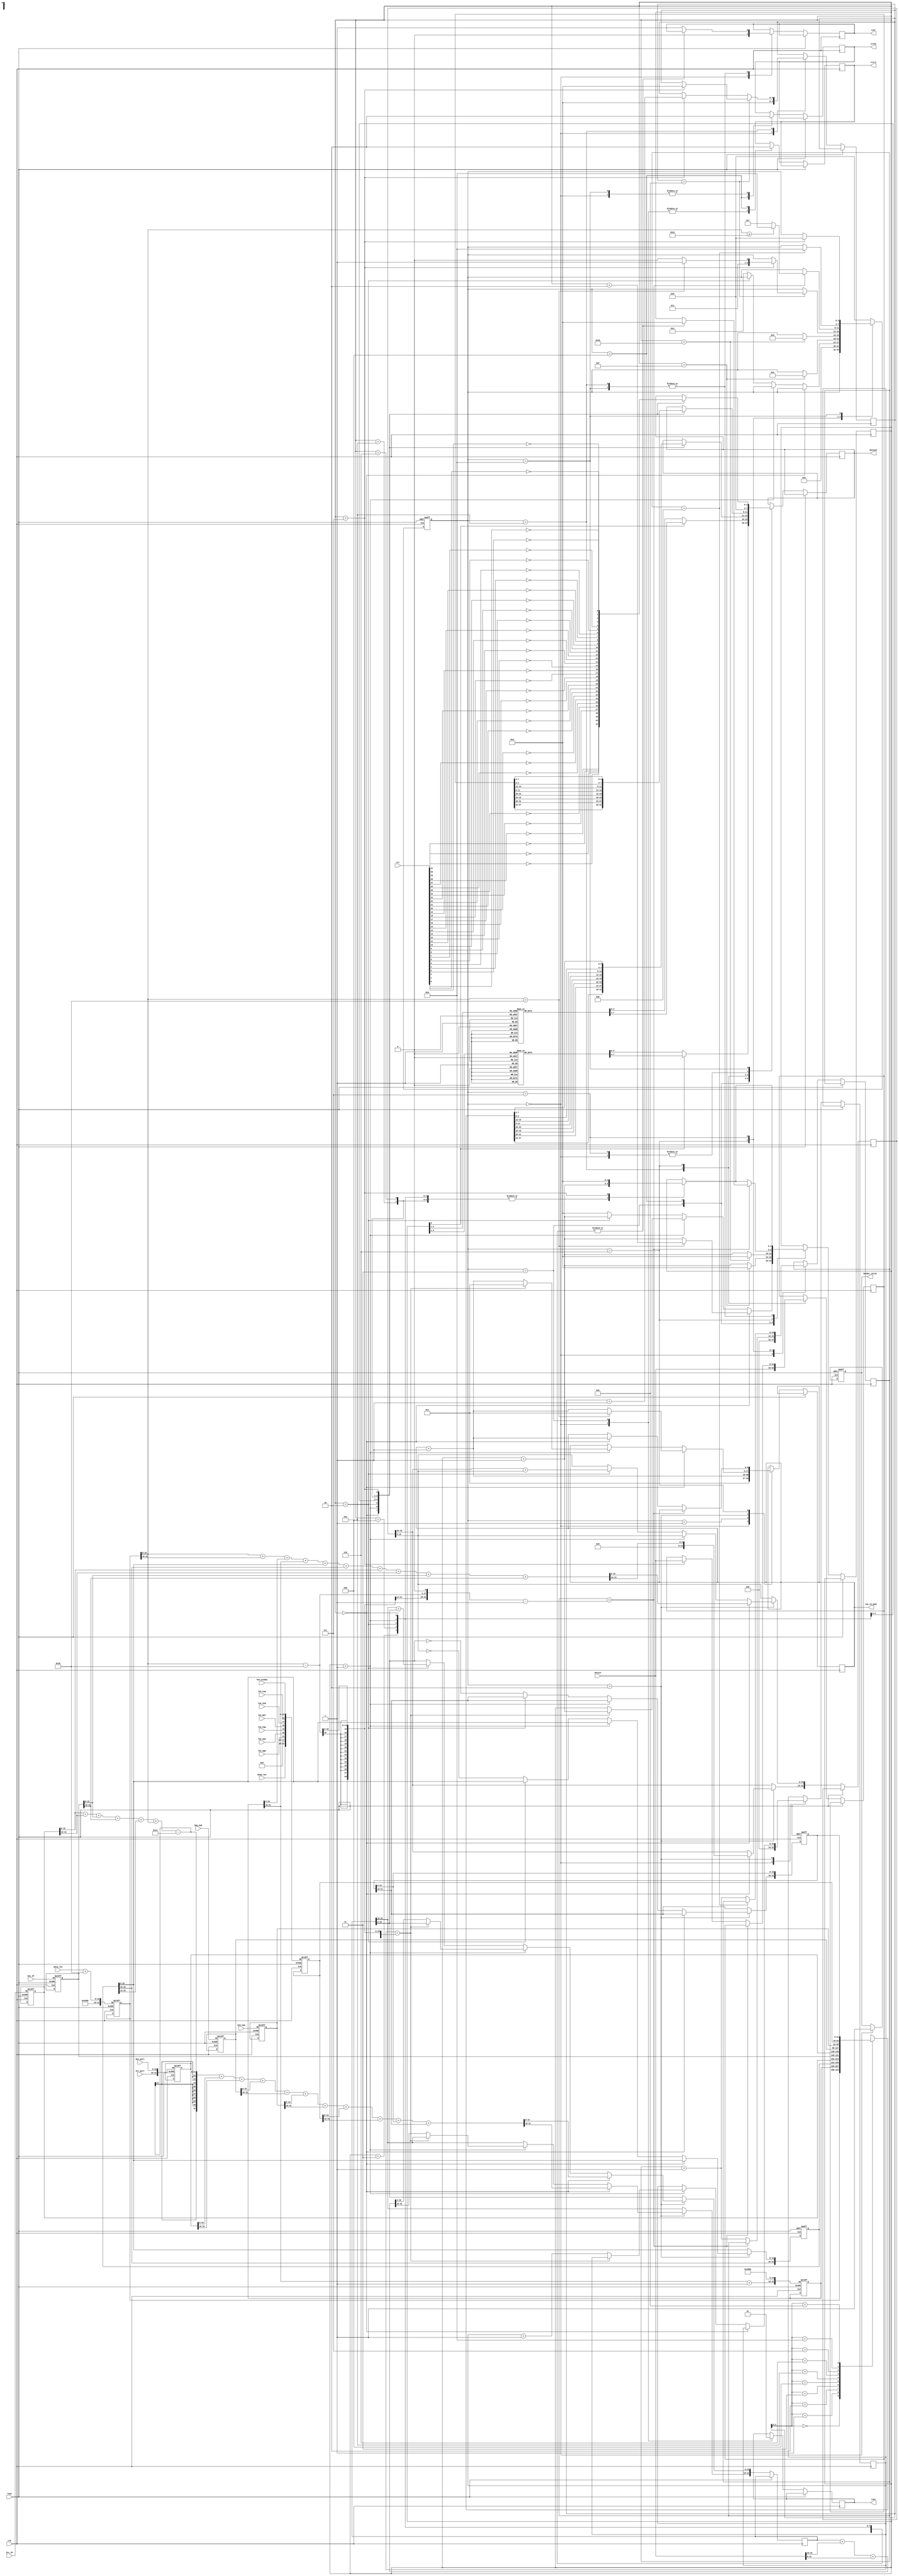
`timescale 1ns / 1ps
/****************************************/
//      GMII UDP//
/****************************************/

module ipsend(
				  input              clk,                   //GMII
				  input              Task,
				  //---------------------------
				  input  wire[ 15:0] Data_len,
				  input  wire[ 31:0] Src_IP,
				  input  wire[ 31:0] Des_IP,
				  //---------
				  input  wire[ 15:0] Src_port,
				  input  wire[ 15:0] Des_port,
				  input  wire[ 31:0] Seq_num,
				  input  wire[ 31:0] Ack_num,
				  input  wire[ 3 :0] Head_len,
				  input  wire        TCP_URG,
				  input  wire        TCP_ACK,
				  input  wire        TCP_PSH,
				  input  wire        TCP_RST,
				  input  wire        TCP_SYN,
				  input  wire        TCP_FIN,
				  input  wire[ 15:0] TCP_window,
				  //-----------------------------
				  output reg         txen,                  //GMII
				  output reg         txer,                  //GMII
				  output reg [3:0]   dataout,               //GMII
				  input      [31:0]  crc,                   //CRC32
				  input      [31:0]  datain,                //RAM	 
				  output reg         crcen,                 //CRC32           
				  output reg         crcre,                 //CRC32    
				  output reg [8:0]   ram_rd_addr,           //ram
				  output reg         Sender_valid
);

reg [31:0] datain_reg;
reg [31:0] ip_header [9:0];                  //1K
reg [7:0] preamble [7:0];                    //preamble
reg [7:0] mac_addr [13:0];                   //mac address
reg [4:0] i,j;
reg [31:0] check_buffer_IP;
reg [31:0] check_buffer_TCP;
reg [15:0] tx_data_counter;
reg [15:0] rd_data_counter;
reg [3:0]   tx_state;
parameter idle=4'd0,start=4'd1,make=4'd2,send55=4'd3,sendmac=4'd4,
		  sendheader=4'd5,senddata=4'd6,send_none=4'd7,sendcrc=4'd8;
		  
initial begin
	 tx_state<=idle;
	 //755,d5
	 preamble[0]<=8'h55;preamble[1]<=8'h55;preamble[2]<=8'h55;preamble[3]<=8'h55;
	 preamble[4]<=8'h55;preamble[5]<=8'h55;preamble[6]<=8'h55;preamble[7]<=8'hD5;
	 //98-40-BB-40-45-17
	 mac_addr[0]<=8'h98;mac_addr[1]<=8'h40;mac_addr[2]<=8'hBB;
	 mac_addr[3]<=8'h40;mac_addr[4]<=8'h45;mac_addr[5]<=8'h17;
	 //MAC 00-0A-35-01-FE-C0
	 mac_addr[6]<=8'h00;mac_addr[ 7]<=8'h0A;mac_addr[ 8]<=8'h35;
	 mac_addr[9]<=8'h01;mac_addr[10]<=8'hFE;mac_addr[11]<=8'hC0;
	 //0800: IP
	 mac_addr[12]<=8'h08;mac_addr[13]<=8'h00;
	 //ip_header[1][31:16]<=16'd0;
	 i<=0;
	 txen<=1'b0;
	 tx_data_counter<=16'h00;
	 Sender_valid   <=1'b0;
 end

//-----------------------------------------------------------
//TCP	 
//-----------------------------------------------------------
always@(negedge clk or posedge Task)
if(Task)begin
	tx_state<=start; 
    Sender_valid   <=1'b0;	
	//---------------
	ip_header[0][31:16]<=16'h4500;
	ip_header[0][15:0]<=Data_len+40;
	ip_header[1][31:16]<= ip_header[1][31:16]+1'b1;   //
	ip_header[1][15:0]<=16'h4000;                    //Fragment offset
	
	ip_header[2]<=32'hff060000;                      //
	ip_header[3]<=Src_IP;                 //192.168.0.2
	ip_header[4]<=Des_IP;                 //192.168.0.3
	
	ip_header[5]<={Src_port,Des_port};    //22
	ip_header[6]<=Seq_num;                //32
	ip_header[7]<=Ack_num;                //32
	ip_header[8]<={Head_len,6'd0,         //6  
				   TCP_URG,TCP_ACK,TCP_PSH,  //URG,ACK,PSH,
				   TCP_RST,TCP_SYN,TCP_FIN,  //RST,SYN,FIN
				   TCP_window};              //16               
	ip_header[9]<={16'd0,16'd0};          //1616  */
end
else begin
	case(tx_state)
		idle:begin    ///#0
			txer<=1'b0;
			txen<=1'b0;
			crcen<=1'b0;
			crcre<=1;
			j<=0;
			dataout<=4'h0;
			ram_rd_addr<=1;
			tx_data_counter<=0;//32'h04000000
			rd_data_counter<=0;
            Sender_valid   <=1'b1;			
		end
		start:begin        //IP header  #1
			ram_rd_addr<=ram_rd_addr+1'b1;     		
			tx_state<=make;
		end	
		make:begin            //    #2
			if(i==0) begin
				//IP
				check_buffer_IP<=ip_header[0][15:0]+ip_header[0][31:16]
							 +ip_header[1][15:0]+ip_header[1][31:16]
							 +ip_header[2][15:0]+ip_header[2][31:16]
							 +ip_header[3][15:0]+ip_header[3][31:16]
							 +ip_header[4][15:0]+ip_header[4][31:16];
				//TCP
				check_buffer_TCP<=//
								 ip_header[3][15:0]+ip_header[3][31:16]//
								 +ip_header[4][15:0]+ip_header[4][31:16]//
								 +{8'd0,ip_header[2][23:16]}            //TCP
								 +ip_header[0][15:0]-20         //TCP+	
								 //TCP
								 +ip_header[5][15:0]+ip_header[5][31:16]
								 +ip_header[6][15:0]+ip_header[6][31:16]
								 +ip_header[7][15:0]+ip_header[7][31:16]
								 +ip_header[8][15:0]+ip_header[8][31:16]
								 +ip_header[9][15:0]+ip_header[9][31:16];									 
				
				if(ip_header[0][15:0]==40)begin
					i<=i+2;//
					ram_rd_addr<=1;
				end
				else begin
				    i<=i+1'b1;
					ram_rd_addr<=ram_rd_addr+1'b1;  // datain   ram_rd_addr=3
				end
			end
			else if(i==1)begin//TCP
				if(rd_data_counter==(ip_header[0][15:0]-40)>>2) begin
					i<=i+1'b1;
					ram_rd_addr<=1;//						
				end
				else begin
					check_buffer_TCP <= check_buffer_TCP
										+datain[31:16]  //
										+datain[15: 0]; //
					ram_rd_addr<=ram_rd_addr+1'b1; 
					rd_data_counter<=rd_data_counter+1'b1; 
				end
			end
			else if(i==2) begin
				//IP
				check_buffer_IP [15:0]<= check_buffer_IP[31:16]+ check_buffer_IP[15:0];
				check_buffer_TCP[15:0]<=check_buffer_TCP[31:16]+check_buffer_TCP[15:0];
				i<=i+1'b1;
			end
			else begin
				ip_header[2][15:0] <= ~check_buffer_IP[15:0]; //IP
				ip_header[9][31:16]<=~check_buffer_TCP[15:0]; //TCP
				i<=0;
				tx_state<=send55;
			end
		end
		send55: begin     //#3               //8IP:755, 1d5                    
			txen<=1'b1;                             //GMII
			crcre<=1'b1;                            //reset crc  
			if(i==15) begin  //7*2
				dataout<=(i[0]==0)?preamble[i[4:1]][3:0]:preamble[i[4:1]][7:4];
				i<=0;
				tx_state<=sendmac;
			end
			else begin                        
				dataout<=(i[0]==0)?preamble[i[4:1]][3:0]:preamble[i[4:1]][7:4];
				i<=i+1'b1;
			end
		end	
		sendmac: begin      //#4                     //MAC addressMAC addressIP  
			crcen<=1'b1;                            //crccrc32MAC		
			crcre<=1'b0;                            			
			if(i==27) begin//(12+2)*2
				dataout<=(i[0]==0)?mac_addr[i[4:1]][3:0]:mac_addr[i[4:1]][7:4];
				i<=0;
				tx_state<=sendheader;
			end
			else begin                        
				dataout<=(i[0]==0)?mac_addr[i[4:1]][3:0]:mac_addr[i[4:1]][7:4];
				i<=i+1'b1;
			end
		end
		sendheader: begin          //#5              //1032bitIP 
			datain_reg<=datain;                   //	
			if(j==9) begin                       //IP+TCP   
				case(i)
					5'd0:begin
						dataout<=ip_header[j][27:24];
						i<=i+1'b1;
					end	
					5'd1:begin
						dataout<=ip_header[j][31:28];
						i<=i+1'b1;
					end	
					5'd2:begin
						dataout<=ip_header[j][19:16];
						i<=i+1'b1;
					end	
					5'd3:begin
						dataout<=ip_header[j][23:20];
						i<=i+1'b1;
					end	
					5'd4:begin
						dataout<=ip_header[j][11:8];
						i<=i+1'b1;
					end	
					5'd5:begin
						dataout<=ip_header[j][15:12];
						i<=i+1'b1;
					end	
					5'd6:begin
						dataout<=ip_header[j][3:0];
						i<=i+1'b1;
					end
					5'd7:begin
						dataout<=ip_header[j][7:4];
						i<=0;
						j<=0;
						if(ip_header[0][15:0]==40) tx_state<= send_none;//
						else tx_state<=senddata;
					end	
					default: txer<=1'b1;							
				endcase
			end		 
			else begin                             //
				case(i)
					5'd0:begin
						dataout<=ip_header[j][27:24];
						i<=i+1'b1;
					end	
					5'd1:begin
						dataout<=ip_header[j][31:28];
						i<=i+1'b1;
					end	
					5'd2:begin
						dataout<=ip_header[j][19:16];
						i<=i+1'b1;
					end	
					5'd3:begin
						dataout<=ip_header[j][23:20];
						i<=i+1'b1;
					end	
					5'd4:begin
						dataout<=ip_header[j][11:8];
						i<=i+1'b1;
					end	
					5'd5:begin
						dataout<=ip_header[j][15:12];
						i<=i+1'b1;
					end
					5'd6:begin
						dataout<=ip_header[j][3:0];
						i<=i+1'b1;
					end
					5'd7:begin
						dataout<=ip_header[j][7:4];
						i<=0;
						j<=j+1'b1;//32
					end	
					default: txer<=1'b1;						
				endcase
			end
		 end
		senddata:begin            //#6     //UDP  
			if(tx_data_counter==((ip_header[0][15:0]-40)<<1)-1)begin   //4bit
				if(ip_header[0][15:0]>=46)tx_state<=sendcrc;
				else               tx_state<=send_none;
				
				case(i)
					5'd0:begin
						dataout<=datain_reg[27:24];
						i<=0;
					end		
					5'd1:begin
						dataout<=datain_reg[31:28];
						i<=0;
					end	
					5'd2:begin
						dataout<=datain_reg[19:16];
						i<=0;
					end	
					5'd3:begin
						dataout<=datain_reg[23:20];
						i<=0;
					end	
					5'd4:begin
						dataout<=datain_reg[11:8];
						i<=0;
					end	
					5'd5:begin
						dataout<=datain_reg[15:12];
						i<=0;
					end	
					5'd6:begin
						dataout<=datain_reg[3:0];
						i<=0;
					end	
					5'd7:begin
						dataout<=datain_reg[7:4];							
						i<=0; 		           //									
					end	
				endcase
			end
			else begin                                     //
				tx_data_counter<=tx_data_counter+1'b1;
				case(i)
					5'd0:begin
						dataout<=datain_reg[27:24];
						i<=i+1'b1;
						ram_rd_addr<=ram_rd_addr+1'b1;//
					end		
					5'd1:begin
						dataout<=datain_reg[31:28];
						i<=i+1'b1;
					end	
					5'd2:begin
						dataout<=datain_reg[19:16];
						i<=i+1'b1;
					end	
					5'd3:begin
						dataout<=datain_reg[23:20];
						i<=i+1'b1;
					end	
					5'd4:begin
						dataout<=datain_reg[11:8];
						i<=i+1'b1;
					end	
					5'd5:begin
						dataout<=datain_reg[15:12];
						i<=i+1'b1;
					end	
					5'd6:begin
						dataout<=datain_reg[3:0];
						i<=i+1'b1;
					end	
					5'd7:begin
						dataout<=datain_reg[7:4];
						datain_reg<=datain;    //				  
						i<=0; 		           //					
					end	
				endcase						
			end
		end	
		send_none:begin
		    if(tx_data_counter==11)begin
				dataout<=0;
				tx_state<=sendcrc;
			end
			else begin
				dataout<=0;
				tx_data_counter<=tx_data_counter+1'b1;
			end
		end
		sendcrc: begin      //#7                       //32crc
			crcen<=1'b0;
			case(i)
				5'd0:begin
					dataout <= {~crc[28], ~crc[29], ~crc[30], ~crc[31]};
					i<=i+1'b1;
				end    
				5'd1:begin
					dataout <= {~crc[24], ~crc[25], ~crc[26], ~crc[27]};
					i<=i+1'b1;
				end
				5'd2:begin
					dataout <= {~crc[20], ~crc[21], ~crc[22], ~crc[23]};
					i<=i+1'b1;
				end   
				5'd3:begin
					dataout <= {~crc[16], ~crc[17], ~crc[18], ~crc[19]};
					i<=i+1'b1;
				end
				5'd4:begin
					dataout <= {~crc[12], ~crc[13], ~crc[14], ~crc[15]};
					i<=i+1'b1;
				end  
				5'd5:begin
					dataout <= {~crc[8], ~crc[9], ~crc[10], ~crc[11]};
					i<=i+1'b1;
				end
				5'd6:begin
					dataout <= {~crc[4], ~crc[5], ~crc[6], ~crc[7]};
					i<=i+1'b1;
				end   
				5'd7:begin
					dataout <= {~crc[0], ~crc[1], ~crc[2], ~crc[3]};
					i<=0;
					tx_state<=idle;
				end
				default: txer<=1'b1;
			endcase
		end					
		default:tx_state<=idle;		
	endcase	  
end
 
endmodule